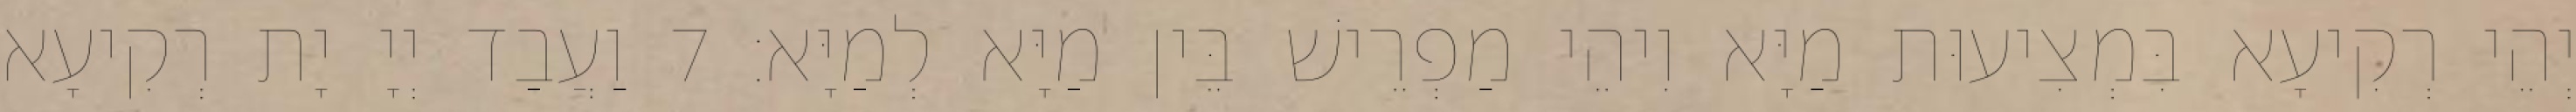
יְהֵי רְקִיעָא בִּמְצִיעוּת מַיָּא וִיהֵי מַפְרֵישׁ בֵּין מַיָּא לְמַיָּא׃ 7 וַעֲבַד יְיָ יָת רְקִיעָא